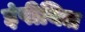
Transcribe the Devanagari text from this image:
इंपीयिल